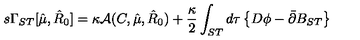
s \Gamma _ { S T } [ \hat { \mu } , \hat { R } _ { 0 } ] = \kappa { \cal A } ( C , \hat { \mu } , \hat { R } _ { 0 } ) + \frac { \kappa } { 2 } \int _ { S T } d \tau \left\{ D \phi - \bar { \partial } B _ { S T } \right\}